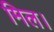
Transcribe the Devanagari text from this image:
मिल।